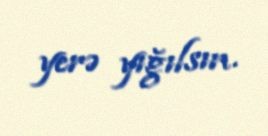
yerə yığılsın.